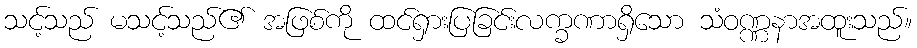
သင့်သည် မသင့်သည်၏ အဖြစ်ကို ထင်ရှားပြခြင်းလက္ခဏာရှိသော သံဝဏ္ဏနာအထူးသည်။